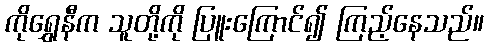
ကိုရွှေနီက သူတို့ကို ပြူးကြောင်၍ ကြည့်နေသည်။